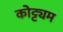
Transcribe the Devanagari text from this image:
कोट्ट्यम